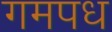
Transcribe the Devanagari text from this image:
गमपध